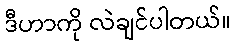
ဒီဟာကို လဲချင်ပါတယ်။